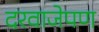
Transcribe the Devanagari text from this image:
दरवाजेपण